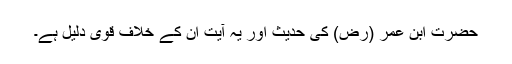
حضرت ابن عمر (رض) کی حدیث اور یہ آیت ان کے خلاف قوی دلیل ہے۔